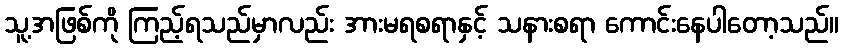
သူ့အဖြစ်ကို ကြည့်ရသည်မှာလည်း အားမရစရာနှင့် သနားစရာ ကောင်းနေပါတော့သည်။